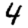
Digit: 4